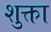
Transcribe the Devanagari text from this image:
शुक्ता